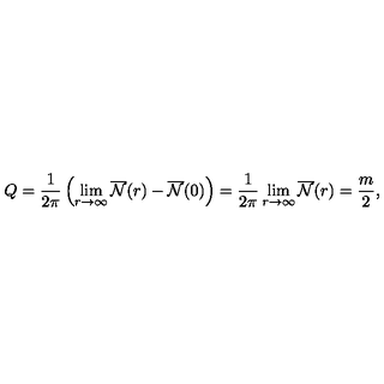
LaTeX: Q = \frac { 1 } { 2 \pi } \left( \lim _ { r { \rightarrow } { \infty } } \overline { { \cal { N } } } ( r ) - \overline { { \cal { N } } } ( 0 ) \right) = \frac { 1 } { 2 \pi } \lim _ { r { \rightarrow } { \infty } } \overline { { \cal { N } } } ( r ) = \frac { m } { 2 } ,